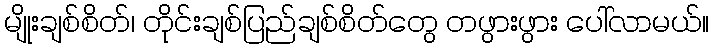
မျိုးချစ်စိတ်၊ တိုင်းချစ်ပြည်ချစ်စိတ်တွေ တဖွားဖွား ပေါ်လာမယ်။